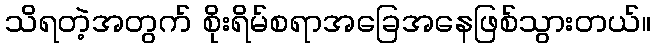
သိရတဲ့အတွက် စိုးရိမ်စရာအခြေအနေဖြစ်သွားတယ်။